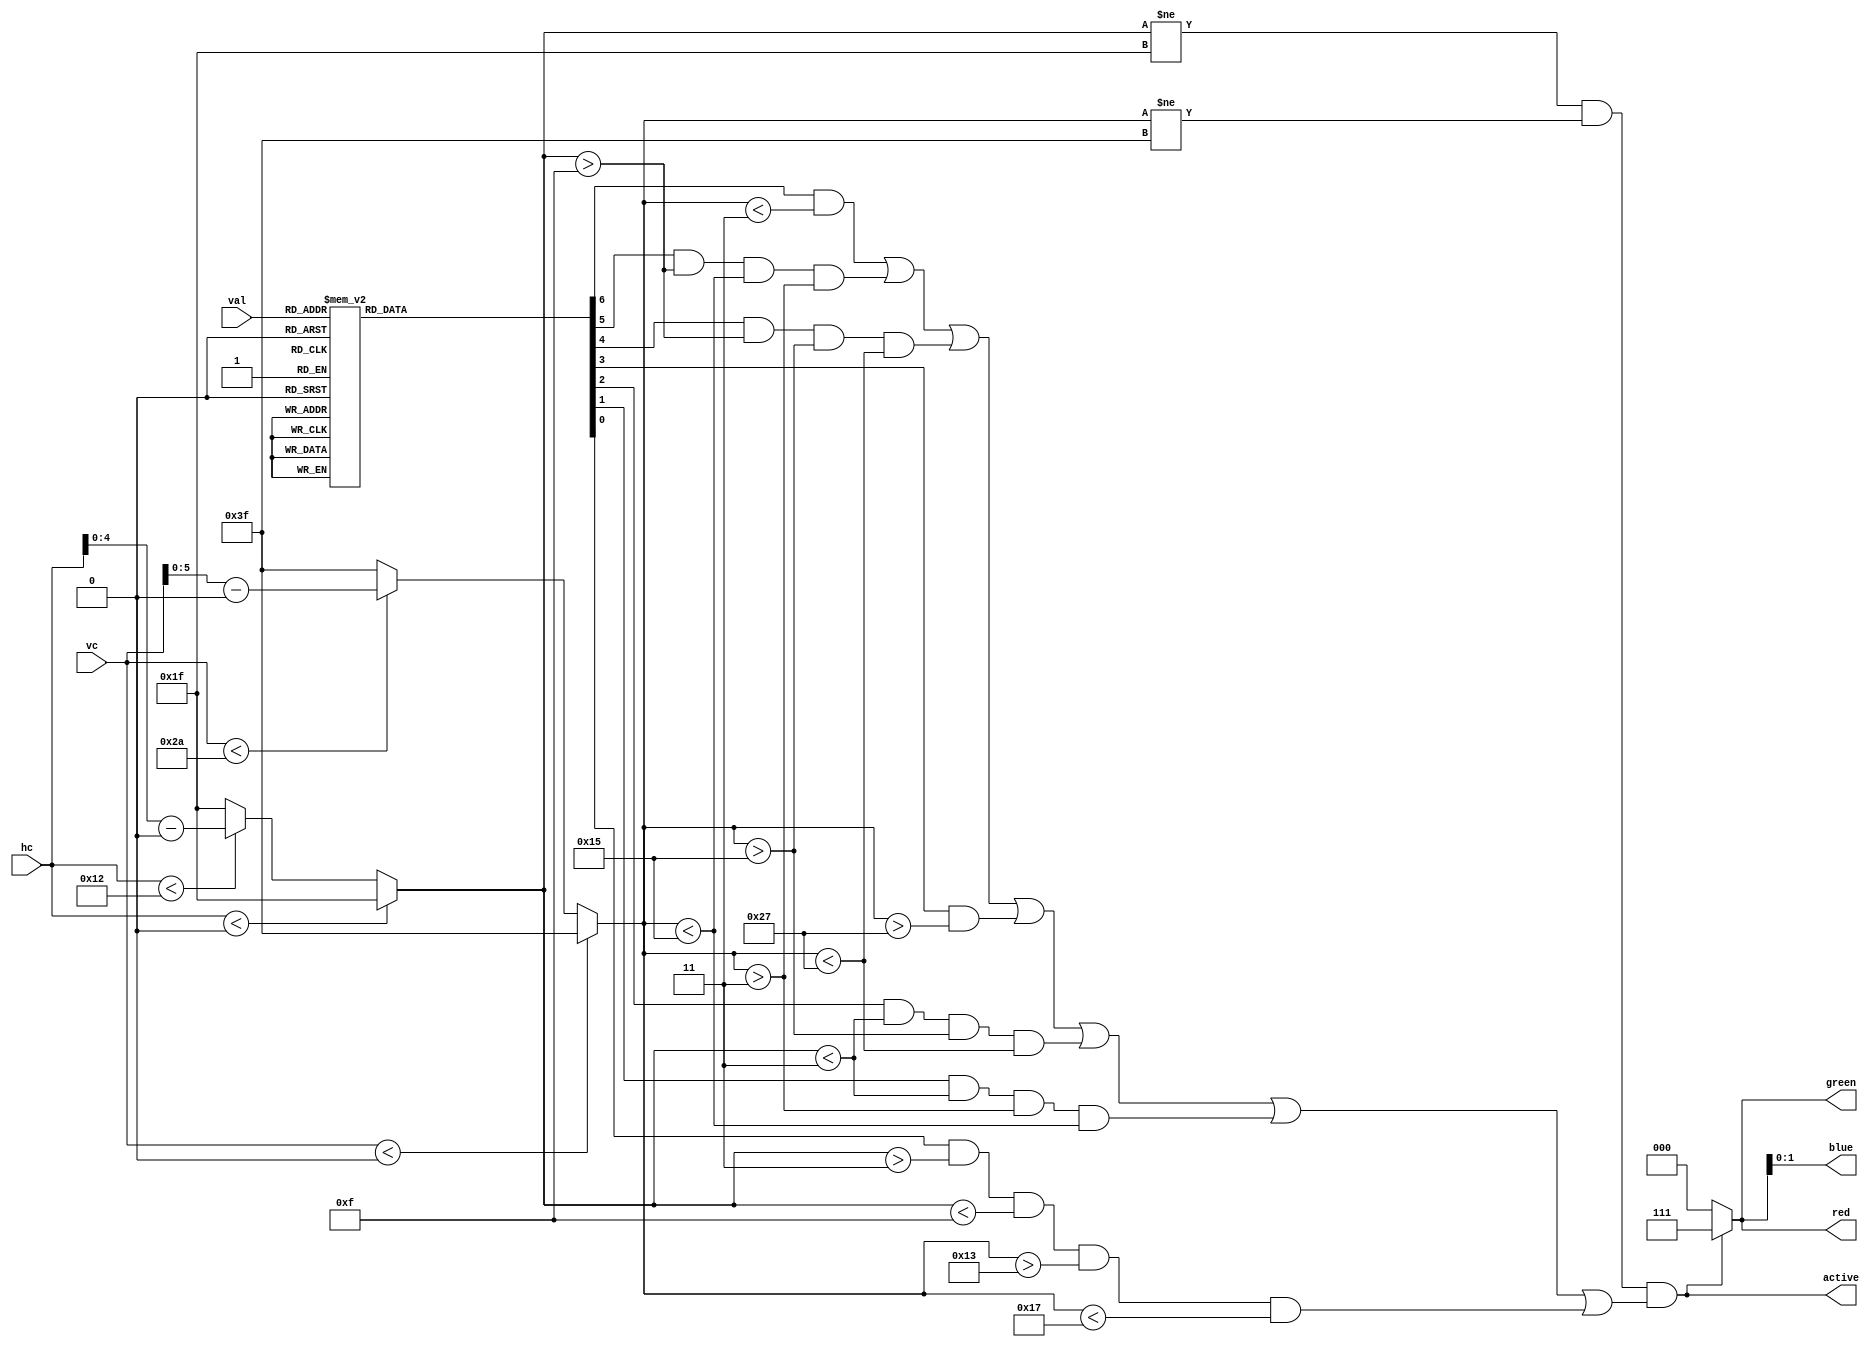
/////////////////////////////////////////////////
// Each digit is 18 pixels wide
// The digits are generated like a 7 segment display
// Input values of 0-9 display a value
// Other input values set to background color
// The area controlled by this digit is 18x42 pixels
/////////////////////////////////////////////////

module displaydigit #(parameter XPOS=0, parameter YPOS=0) (
    input wire [9:0] hc,        //horizontal counter
    input wire [9:0] vc,        //vertical counter
    input wire [3:0] val,       //value of the tile
    output wire [2:0] red,	    //red vga output
    output wire [2:0] green,     //green vga output
    output wire [1:0] blue,	    //blue vga output
    output wire active          //if this digit is driving output
);

    // Overall width and height
    parameter width = 18;
    parameter height = 42;

    // Deliminiters for segments
    parameter hbot = 3;         // bottom of top segment
    parameter hmidbot = 19;     // bottom of middle segment
    parameter hmidtop = 23;     // top of middle segment
    parameter hmid = 21;        // separator of side segments
    parameter htop = 39;       // bottom of top segment
    parameter wright = 15;           // right of left segments
    parameter wleft = 3;          // left of right segments
    parameter XNULL = 5'b11111; // invalid x index
    parameter YNULL = 6'b111111;

    wire [4:0] xidx;
    wire [5:0] yidx;

    // Create normalized indices for within this digit
    // If out of range, set indices to max value
    assign xidx = hc < XPOS ? XNULL :
                hc < XPOS + width ? hc - XPOS : XNULL;
    assign yidx = vc < YPOS ? YNULL :
                vc < YPOS + height ? vc - YPOS : YNULL;

    // Segments to display
    reg [6:0] segments;

    // Set segment values
    always @(*) begin
        case(val)
        0: segments = 7'b1111110;
        1: segments = 7'b0110000;
        2: segments = 7'b1101101;
        3: segments = 7'b1111001;
        4: segments = 7'b0110011;
        5: segments = 7'b1011011;
        6: segments = 7'b1011111;
        7: segments = 7'b1110000;
        8: segments = 7'b1111111;
        9: segments = 7'b1111011;
        default: segments = 7'd0000000; // off
        endcase
    end

    wire on; // denotes whether to drive output as white

    // Determine if current position corresponds to illuminated segment 
    assign active = (xidx != XNULL && yidx != YNULL) && (
                    (segments[6] && yidx < hbot) || // top segment
                    (segments[5] && xidx > wright && yidx < hmid && yidx > hbot) || // top right segment
                    (segments[4] && xidx > wright && yidx > hmid && yidx < htop) || // bottom right segment
                    (segments[3] && yidx > htop) || // bottom segment
                    (segments[2] && xidx < wleft  && yidx > hmid && yidx < htop) ||  // bottom left segment
                    (segments[1] && xidx < wleft  && yidx > hbot && yidx < hmid) ||  // top left segment
                    (segments[0] && xidx > wleft  && xidx < wright && yidx > hmidbot && yidx < hmidtop)); // middle segment

    // Assign colors module is driving output
    assign red   = active ? 3'b111 : 3'b000;
    assign green = active ? 3'b111 : 3'b000;
    assign blue  = active ? 3'b111 : 3'b000;

endmodule